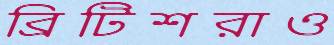
ব্রিটিশরাও